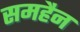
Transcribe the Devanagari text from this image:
समहैन